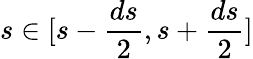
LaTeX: s\in[s-\frac{ds}{2},s+\frac{ds}{2}]